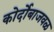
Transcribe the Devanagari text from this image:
कोर्दोबाजवळ